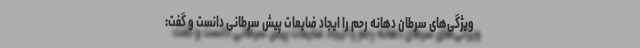
ویژگی‌های سرطان دهانه رحم را ایجاد ضایعات پیش سرطانی دانست و گفت: